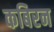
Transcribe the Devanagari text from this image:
कबिरन